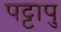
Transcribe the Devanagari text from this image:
पट्टापु